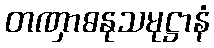
တဏှာဓနုသမုဋ္ဌာနံ